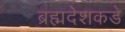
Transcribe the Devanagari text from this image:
ब्रह्मदेशकडे